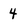
Character: 4